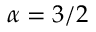
\alpha = 3 / 2